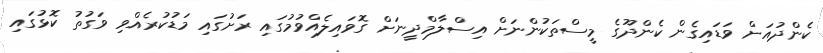
ކެންދުއަށް ވަޑައިގެން ކެންދޫގެ މީސްތަކުންނަށް އިސްލާމްދީނަށް ގޮވައިލެއްވުމުގައި ރަށުގައި މަޑުކުރެއްވި ވަގުތު ކޮޅުގައި